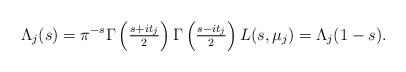
LaTeX: \begin{align*} \Lambda_j(s) = \pi^{-s} \Gamma\left( \tfrac{s + it_j}{2} \right)\Gamma\left( \tfrac{s - it_j}{2} \right) L(s, \mu_j) = \Lambda_j(1-s). \end{align*}